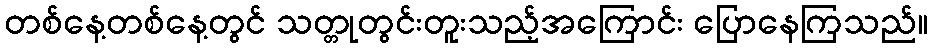
တစ်နေ့တစ်နေ့တွင် သတ္တုတွင်းတူးသည့်အကြောင်း ပြောနေကြသည်။